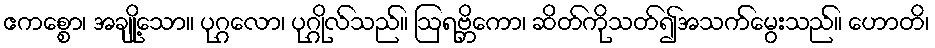
ဧကစ္စော၊ အချို့သော။ ပုဂ္ဂလော၊ ပုဂ္ဂိုလ်သည်။ ဩရဗ္ဘိကော၊ ဆိတ်ကိုသတ်၍အသက်မွေးသည်။ ဟောတိ၊